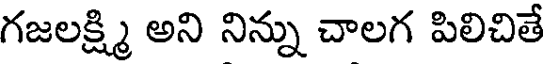
గజలక్ష్మి అని నిన్ను చాలగ పిలిచితే